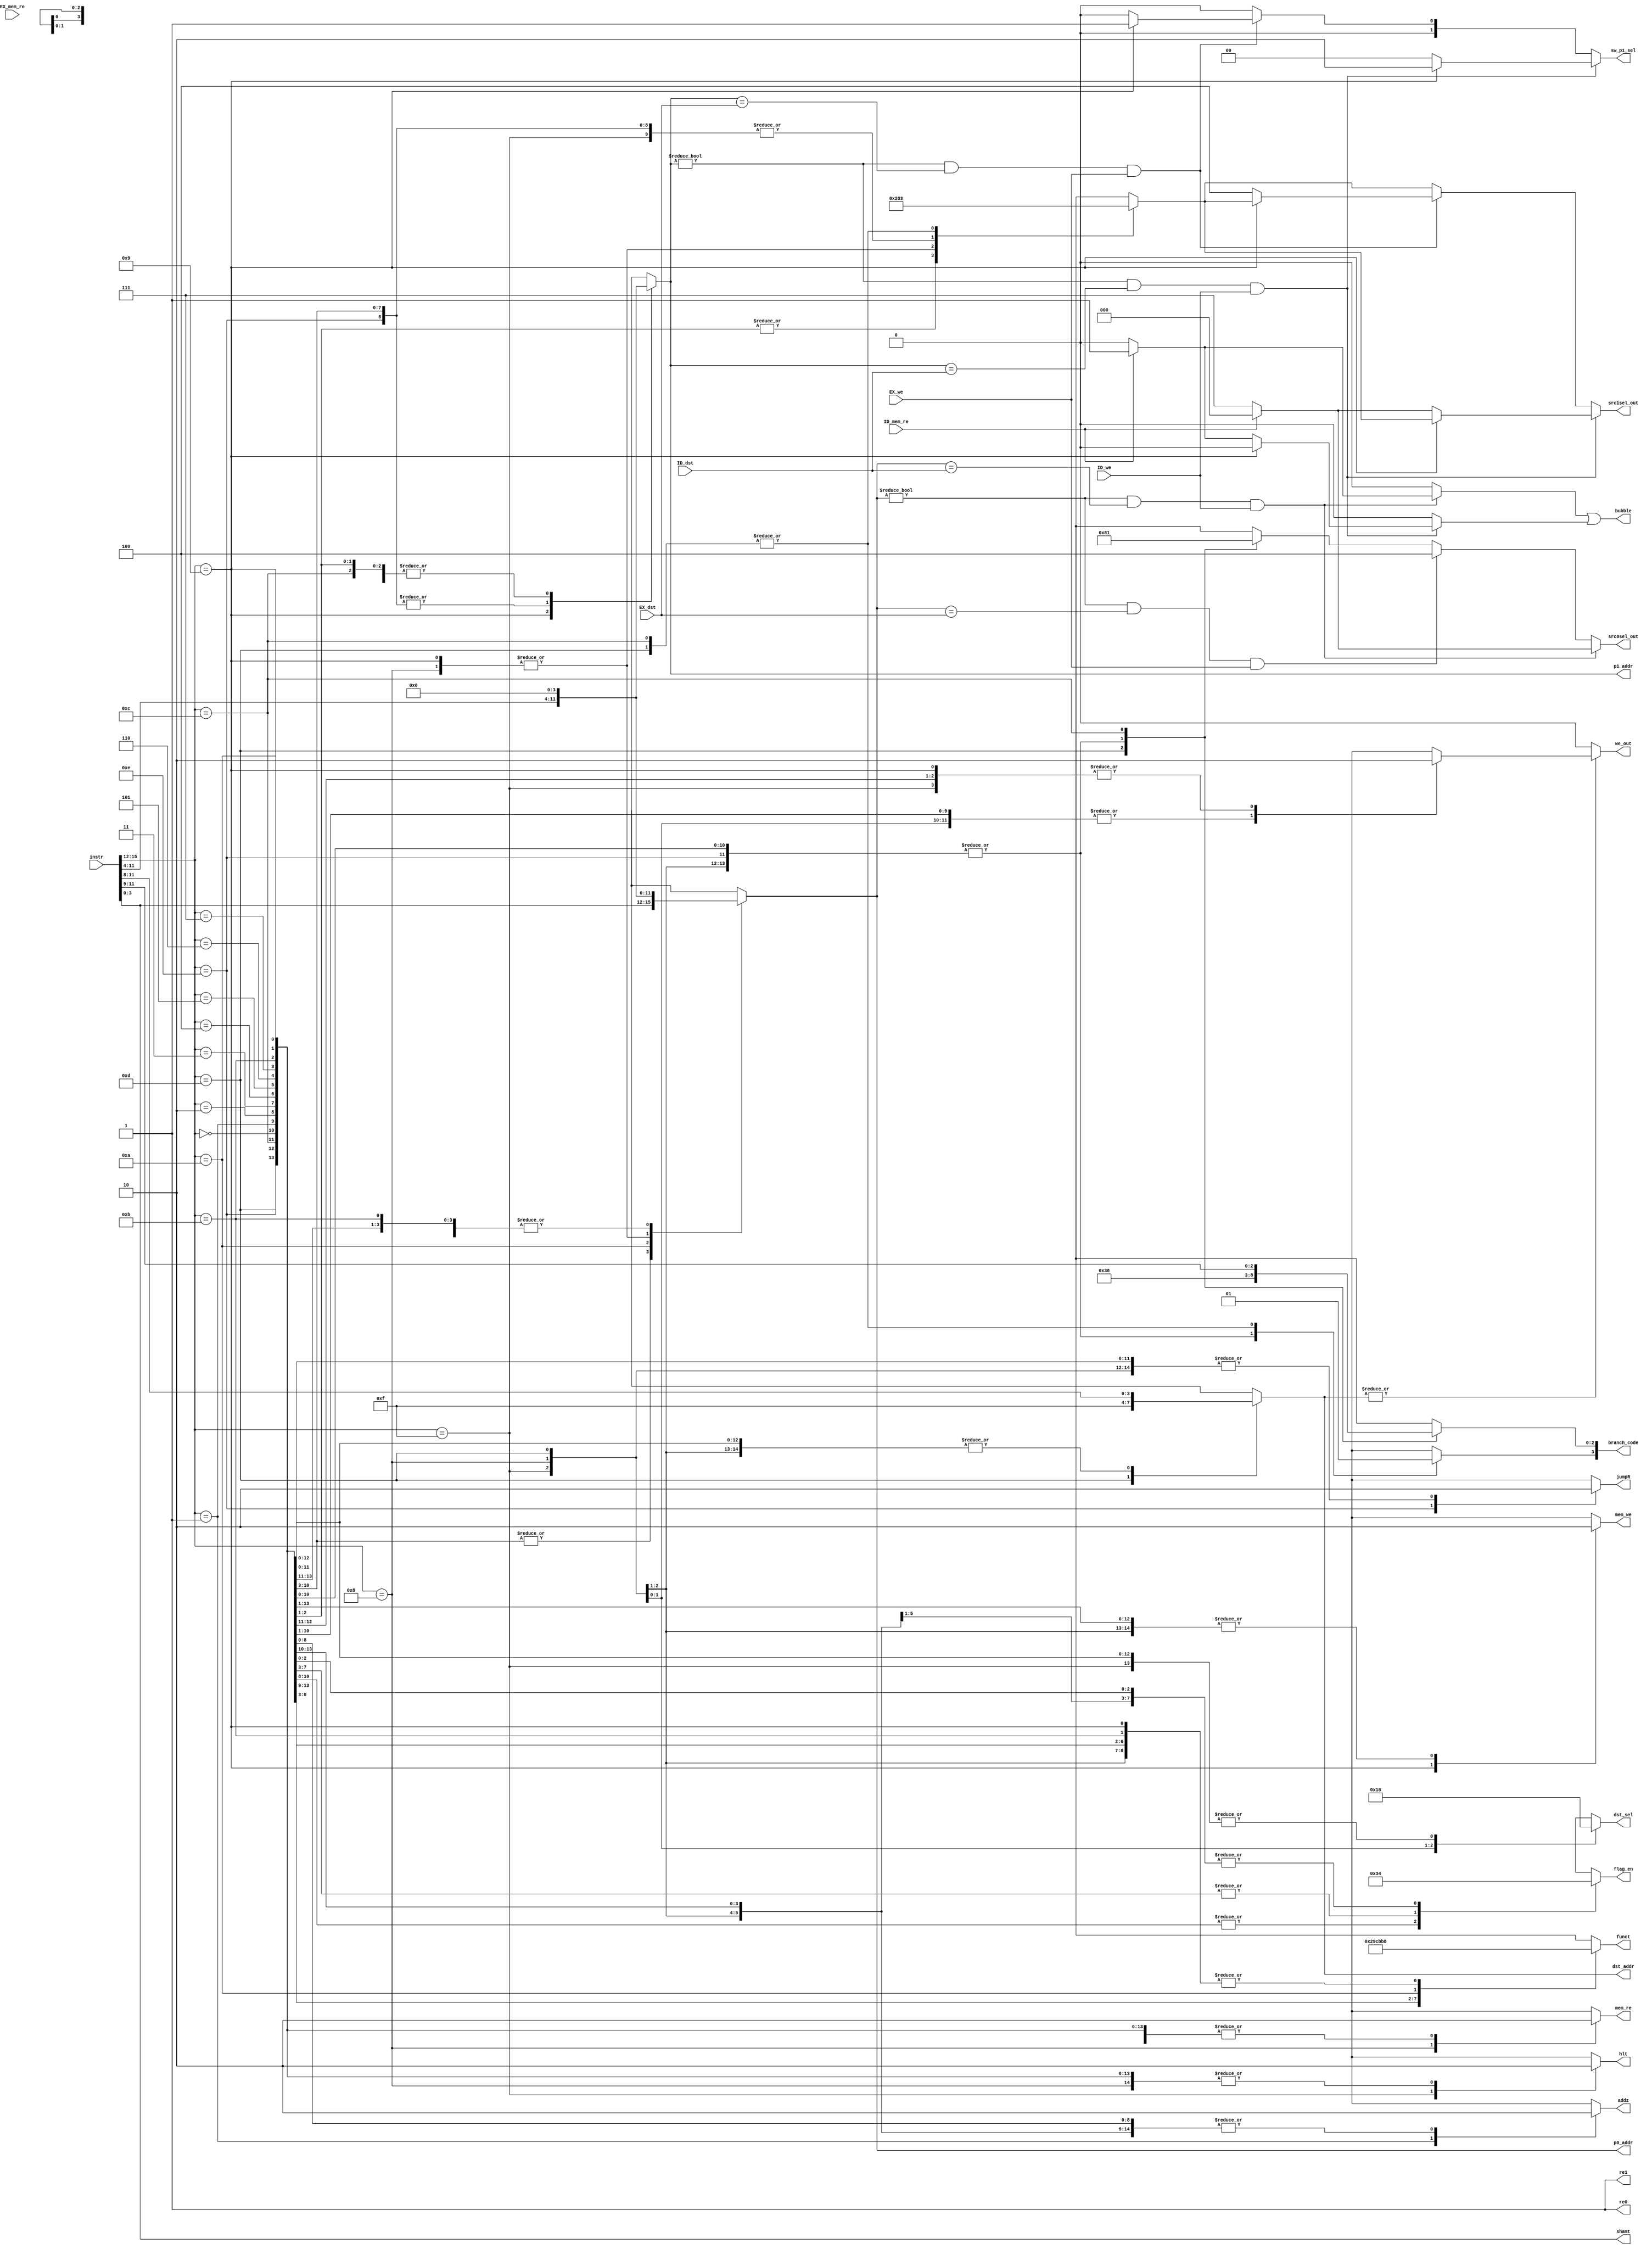
////////////////////////////////////////////////////////////////////////////////
// Instruction Decode module                                                  //
// Andrew Gailey and Zach York                                                //
////////////////////////////////////////////////////////////////////////////////
module ID(input [15:0]instr, output reg [2:0] src1sel_out, output reg hlt, output reg [3:0] shamt, 
          output reg [2:0] funct, output reg [3:0] p0_addr, output reg re0, output reg [3:0] p1_addr, 
          output reg re1, output reg [3:0] dst_addr, output reg we_out, output reg [2:0] src0sel_out, 
          output reg [1:0] flag_en, output reg mem_re, output reg mem_we, output reg [1:0] dst_sel, 
          output reg [3:0] branch_code, output reg jumpR, input [3:0]ID_dst, input ID_we, 
          input [3:0]EX_dst, input EX_we, input ID_mem_re, input EX_mem_re, output bubble, 
          output reg addz, output reg [1:0] sw_p1_sel); //, output reg nonsat);

// Intermediate wires
reg [2:0] src0sel, src1sel;
reg bubble0, bubble1, we;

// Define the opcodes
localparam ADD = 4'b0000;
localparam ADDz = 4'b0001;
localparam SUB = 4'b0010;
localparam AND = 4'b0011;
localparam NOR = 4'b0100;
localparam SLL = 4'b0101;
localparam SRL = 4'b0110;
localparam SRA = 4'b0111;
localparam LLB = 4'b1011;
localparam LHB = 4'b1010;
localparam HLT = 4'b1111;
localparam LW  = 4'b1000;
localparam SW  = 4'b1001;
localparam JAL = 4'b1101;
localparam JR  = 4'b1110;
localparam B  = 4'b1100;
localparam Bneq = 3'b000;
localparam Beq = 3'b001;
localparam Bgt = 3'b010;
localparam Blt = 3'b011;
localparam Bgte = 3'b100;
localparam Blte = 3'b101;
localparam Bov = 3'b110;
localparam Bun = 3'b111;


//////////////////////
// Forwarding Logic //
//////////////////////

// Two sources could cause a bubble, signal for either
assign bubble = bubble0 || bubble1;

always@(*) begin
// Defaults
src1sel_out = src1sel; // Allows forwarding of values to SRC1
bubble1 = 1'b0;
sw_p1_sel = 2'b00; // Allows forwarding of values to Dcache write input
src0sel_out = src0sel; // Allows forwarding of values to SRC0
bubble0 = 1'b0;

// Forward for RAW in SRC0 from next instruction
if ((p0_addr != 4'b0000) && (p0_addr == ID_dst) && ID_we) begin
    if (ID_mem_re) begin // Load/Use = bubble
        bubble0 = 1'b1;
        src0sel_out = 3'b000;
    end
    else begin // Forward
        src0sel_out = 3'b111;
        bubble0 = 1'b0;
    end
end
// Forward for RAW in SRC0 from 2nd to next instruction
else if ((p0_addr != 4'b0000) && (p0_addr == EX_dst) && EX_we) begin
    src0sel_out = 3'b100;
    bubble0 = 1'b0;
end
// Forward for RAW in SRC1 from next instruction
if ((p1_addr != 4'b0000) && (p1_addr == ID_dst) && ID_we) begin
    if (instr[15:12] == SW) begin // Special forward for Mem-write input
        src1sel_out = src1sel;
        bubble1 = 1'b0;
        sw_p1_sel = 2'b10;
    end
    else if (ID_mem_re) begin // Load/Use = bubble
        bubble1 = 1'b1;
        src1sel_out = 3'b000;
        sw_p1_sel = 2'b00;
    end
    else begin // Forward
        src1sel_out = 3'b111;
        bubble1 = 1'b0;
        sw_p1_sel = 2'b00;
    end
end
// Forward for RAW in SRC1 from 2nd to next instruction
else if ((p1_addr != 4'b0000) && (p1_addr == EX_dst) && EX_we) begin
    if (instr[15:12] == SW) begin // Special forward for Mem-write input
        src1sel_out = src1sel;
        bubble1 = 1'b0;
        sw_p1_sel = 2'b01;
    end
    else begin // Forward
        src1sel_out = 3'b100;
        bubble1 = 1'b0;
        sw_p1_sel = 2'b00;
    end
end
end


////////////////////
// Decoding Logic //
////////////////////
always@(*) begin
// Default values
addz = 1'b0;            // Signals muxing of write-enable with zero flag
//nonsat = 1'b0;          // Signals no saturation for address calculation
src1sel = 3'b000;       // Selects SRC1
src0sel = 3'b000;       // Selects SRC0
hlt = 1'b0;             // Signals HLT
re0 =1'b1;              // Read enable for SRC0
re1 = 1'b1;             // Read enable for SRC1
we = 1'b0;              // Register File write enable
shamt = instr[3:0];     // Shift Amount
p0_addr = 4'b0000;      // SRC0 register
p1_addr = 4'b0000;      // SRC1 register
dst_addr = instr[11:8]; // Destination register
funct   = 3'b0;         // ALU Function code
flag_en = 2'b00;        // Flag enables
dst_sel = 2'b00;        // Mem-stage data output selection
mem_re = 1'b0;          // Memory read enable
mem_we = 1'b0;          // Memory write enable
branch_code = 4'h0;     // Branch Condition code
jumpR = 1'b0;           // Signals Jump to register value

// Specify which controls are changed from default for each operation
case (instr[15:12])
    ADD: begin
        flag_en = 2'b11;
        we = 1'b1;
        p0_addr = instr[3:0];
        p1_addr = instr[7:4];
    end
    ADDz: begin
        addz = 1'b1;
        flag_en = 2'b11;
        we = 1'b1;
        p0_addr = instr[3:0];
        p1_addr = instr[7:4];
    end
    SUB: begin
        funct = 3'b001;
        flag_en = 2'b11;
        we = 1'b1;
        p0_addr = instr[3:0];
        p1_addr = instr[7:4];
    end
    AND: begin
        //nonsat = 1'b1;
        funct = 3'b010;
        flag_en = 2'b01;
        we = 1'b1;
        p0_addr = instr[3:0];
        p1_addr = instr[7:4];
    end
    NOR: begin
        //nonsat = 1'b1;
        funct = 3'b011;
        flag_en = 2'b01;
        we = 1'b1;
        p0_addr = instr[3:0];
        p1_addr = instr[7:4];
    end
    SLL: begin
        //nonsat = 1'b1;
        funct = 3'b100;
        flag_en = 2'b01;
        we = 1'b1;
        p0_addr = instr[3:0];
        p1_addr = instr[7:4];
    end
    SRL: begin
        //nonsat = 1'b1;
        funct = 3'b101;
        flag_en = 2'b01;
        we = 1'b1;
        p0_addr = instr[3:0];
        p1_addr = instr[7:4];
    end
    SRA: begin
        //nonsat = 1'b1;
        funct = 3'b110;
        flag_en = 2'b01;
        we = 1'b1;
        p0_addr = instr[3:0];
        p1_addr = instr[7:4];
    end
    LLB: begin
        //nonsat = 1'b1;
        src1sel = 3'b001;
        p0_addr = 4'b0000;
        we = 1'b1;
    end
    LHB: begin
        //nonsat = 1'b1;
        funct = 3'b111;
        src1sel = 3'b001;
        p0_addr = instr[11:8];
        we = 1'b1;
    end
    HLT: begin
        hlt = 1'b1;
    end
    LW: begin
        //nonsat = 1'b1;
        p0_addr = instr[7:4];
        src1sel = 3'b010;
        mem_re = 1;
        dst_sel = 2'b01;
        we = 1'b1;
    end
    SW: begin
        //nonsat = 1'b1;
        p0_addr = instr[7:4];
        p1_addr = instr[11:8];
        src1sel = 3'b010;
        mem_we = 1;
    end
    JAL: begin
        //nonsat = 1'b1;
        dst_addr = 4'b1111;
        src1sel = 3'b011;
        dst_sel = 2'b10;
        src0sel = 3'b010;
        branch_code = 4'b1111;
        we = 1'b1;
    end
    JR: begin
        //nonsat = 1'b1;
        jumpR = 1'b1;
        p1_addr = instr[7:4];
    end
    B: begin
        //nonsat = 1'b1;
        src1sel = 3'b011;
        src0sel = 3'b001;
        branch_code[3] = 1'b1;
        branch_code[2:0] = instr[11:9];
    end
endcase
end

// Forbid writing to Register 0
always@(dst_addr or we) begin
    we_out = |dst_addr ? we : 1'b0;
end

endmodule